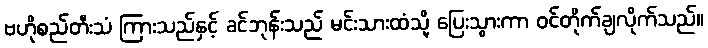
ဗဟိုစည်တီးသံ ကြားသည်နှင့် ခင်ဘုန်းသည် မင်းသားထံသို့ ပြေးသွားကာ ဝင်တိုက်ချလိုက်သည်။